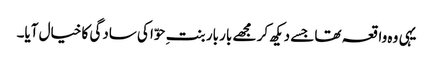
یہی وہ واقعہ تھا جسے دیکھ کر مجھے بار بار بنتِ حوّا کی سادگی کا خیال آیا۔